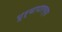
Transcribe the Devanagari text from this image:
पूर्वापारच्या